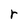
Character: r